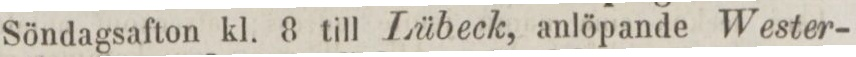
Söndagsafton kl. 8 till Lübeck, anlöpande Wester-